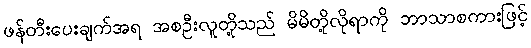
ဖန်တီးပေးချက်အရ အစဦးလူတို့သည် မိမိတို့လိုရာကို ဘာသာစကားဖြင့်